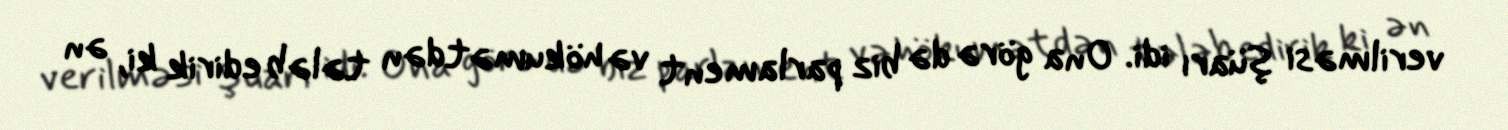
verilməsi şüarı idi. Ona görə də biz parlament və hökumətdən tələb edirik ki, ən